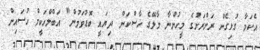
އެކަމާ ގުޅިގެން ރަށްރަށުގެ މީހުންނާ މާލޭގެ ހާސްކަން ދިޔައީ ބޮޑުވަމުން" އަބްލްހަކީމް ހުސައިން